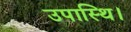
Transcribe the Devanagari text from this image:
उपास्थि।